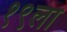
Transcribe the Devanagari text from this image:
१९ला